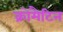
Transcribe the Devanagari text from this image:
क्रोमैटिन